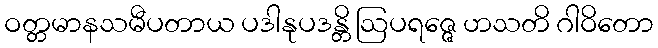
ဝတ္တမာနသမီပတာယ ပဒါနုပဒန္တိ ဩပရဇ္ဇေ ဟသတိ ဂါဝိတော